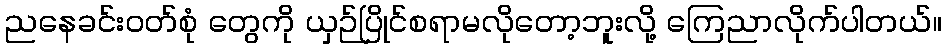
ညနေခင်းဝတ်စုံ တွေကို ယှဉ်ပြိုင်စရာမလိုတော့ဘူးလို့ ကြေညာလိုက်ပါတယ်။